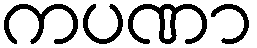
ကပဏာ